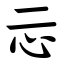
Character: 忈